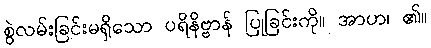
စွဲလမ်းခြင်းမရှိသော ပရိနိဗ္ဗာန် ပြုခြင်းကို။ အာဟ၊ ၏။